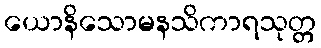
ယောနိသောမနသိကာရသုတ္တ